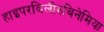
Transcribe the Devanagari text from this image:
हाइपरबिलीरुबिनेमिया